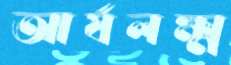
আর্যলক্ষ্ম